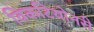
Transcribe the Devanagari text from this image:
विकटियोनरी